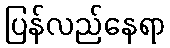
ပြန်လည်နေရာ